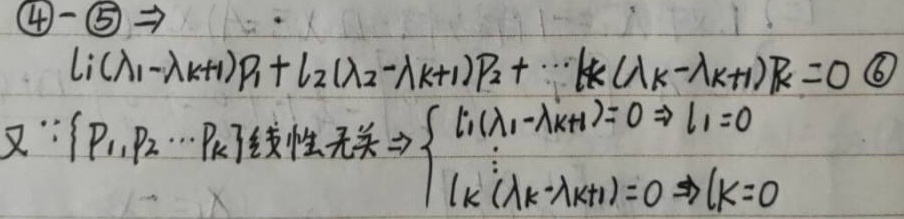
\(\textcircled{4}-\textcircled{5}\Rightarrow l_1(\lambda_1 - \lambda_{k + 1})p_1+l_2(\lambda_2-\lambda_{k + 1})p_2+\cdots + l_k(\lambda_k-\lambda_{k + 1})p_k = 0\ \textcircled{6}\)
又\(\because\) \(\{p_1,p_2,\cdots,p_k\}\) 线性无关 \(\Rightarrow\begin{cases}l_1(\lambda_1-\lambda_{k + 1}) = 0\Rightarrow l_1 = 0\\\vdots\\l_k(\lambda_k-\lambda_{k + 1})=0\Rightarrow l_k = 0\end{cases}\)